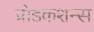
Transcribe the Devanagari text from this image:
प्रोडकशन्स